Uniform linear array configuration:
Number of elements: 64
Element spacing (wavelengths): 1
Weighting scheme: binomial
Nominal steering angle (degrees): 30
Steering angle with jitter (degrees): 28.006
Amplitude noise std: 0.05
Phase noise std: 0.05

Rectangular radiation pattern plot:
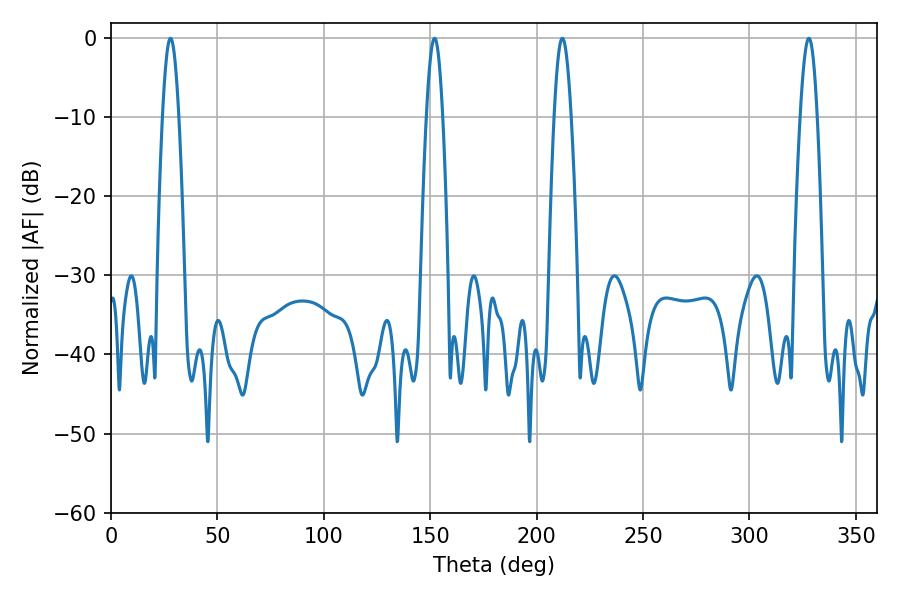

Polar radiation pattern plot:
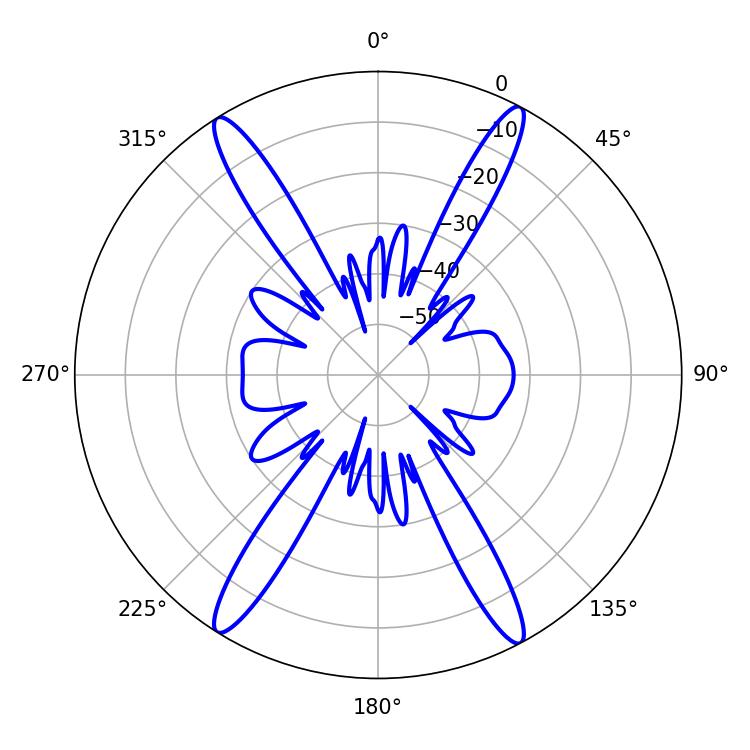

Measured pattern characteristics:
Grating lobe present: TRUE
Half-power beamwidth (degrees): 4.14
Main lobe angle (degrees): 212.04